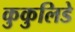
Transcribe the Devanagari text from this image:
कुकुलिडे